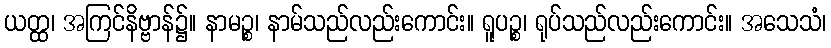
ယတ္ထ၊ အကြင်နိဗ္ဗာန်၌။ နာမဉ္စ၊ နာမ်သည်လည်းကောင်း။ ရူပဉ္စ၊ ရုပ်သည်လည်းကောင်း။ အသေသံ၊